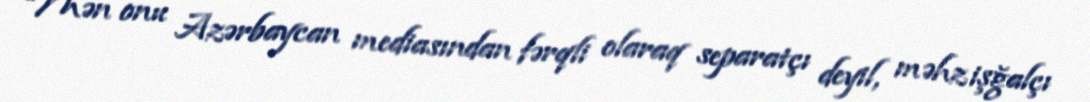
“Mən onu Azərbaycan mediasından fərqli olaraq separatçı deyil, məhz işğalçı